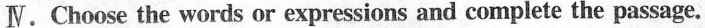
Ⅳ.Choose the words or expressions and complete the passage.